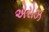
એરોઝ